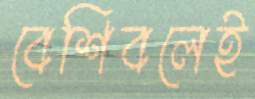
বেশিবলেই